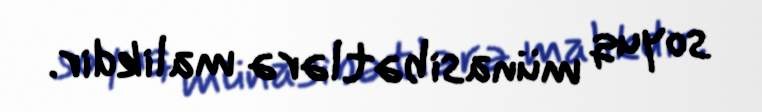
soyuq münasibətlərə malikdir.